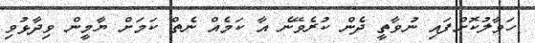
ހަވާލުކޮށްފައި ނުވާތީ ދެން ކުރެވޭނެ އާ ކަމެއް ނެތް ކަމަށް ޔާމީން ވިދާޅުވި